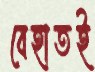
বেহাতই